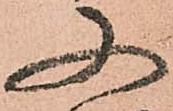
又